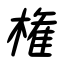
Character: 権